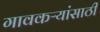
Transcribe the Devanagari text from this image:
गावकऱ्यांसाठी